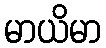
မာယိမာ